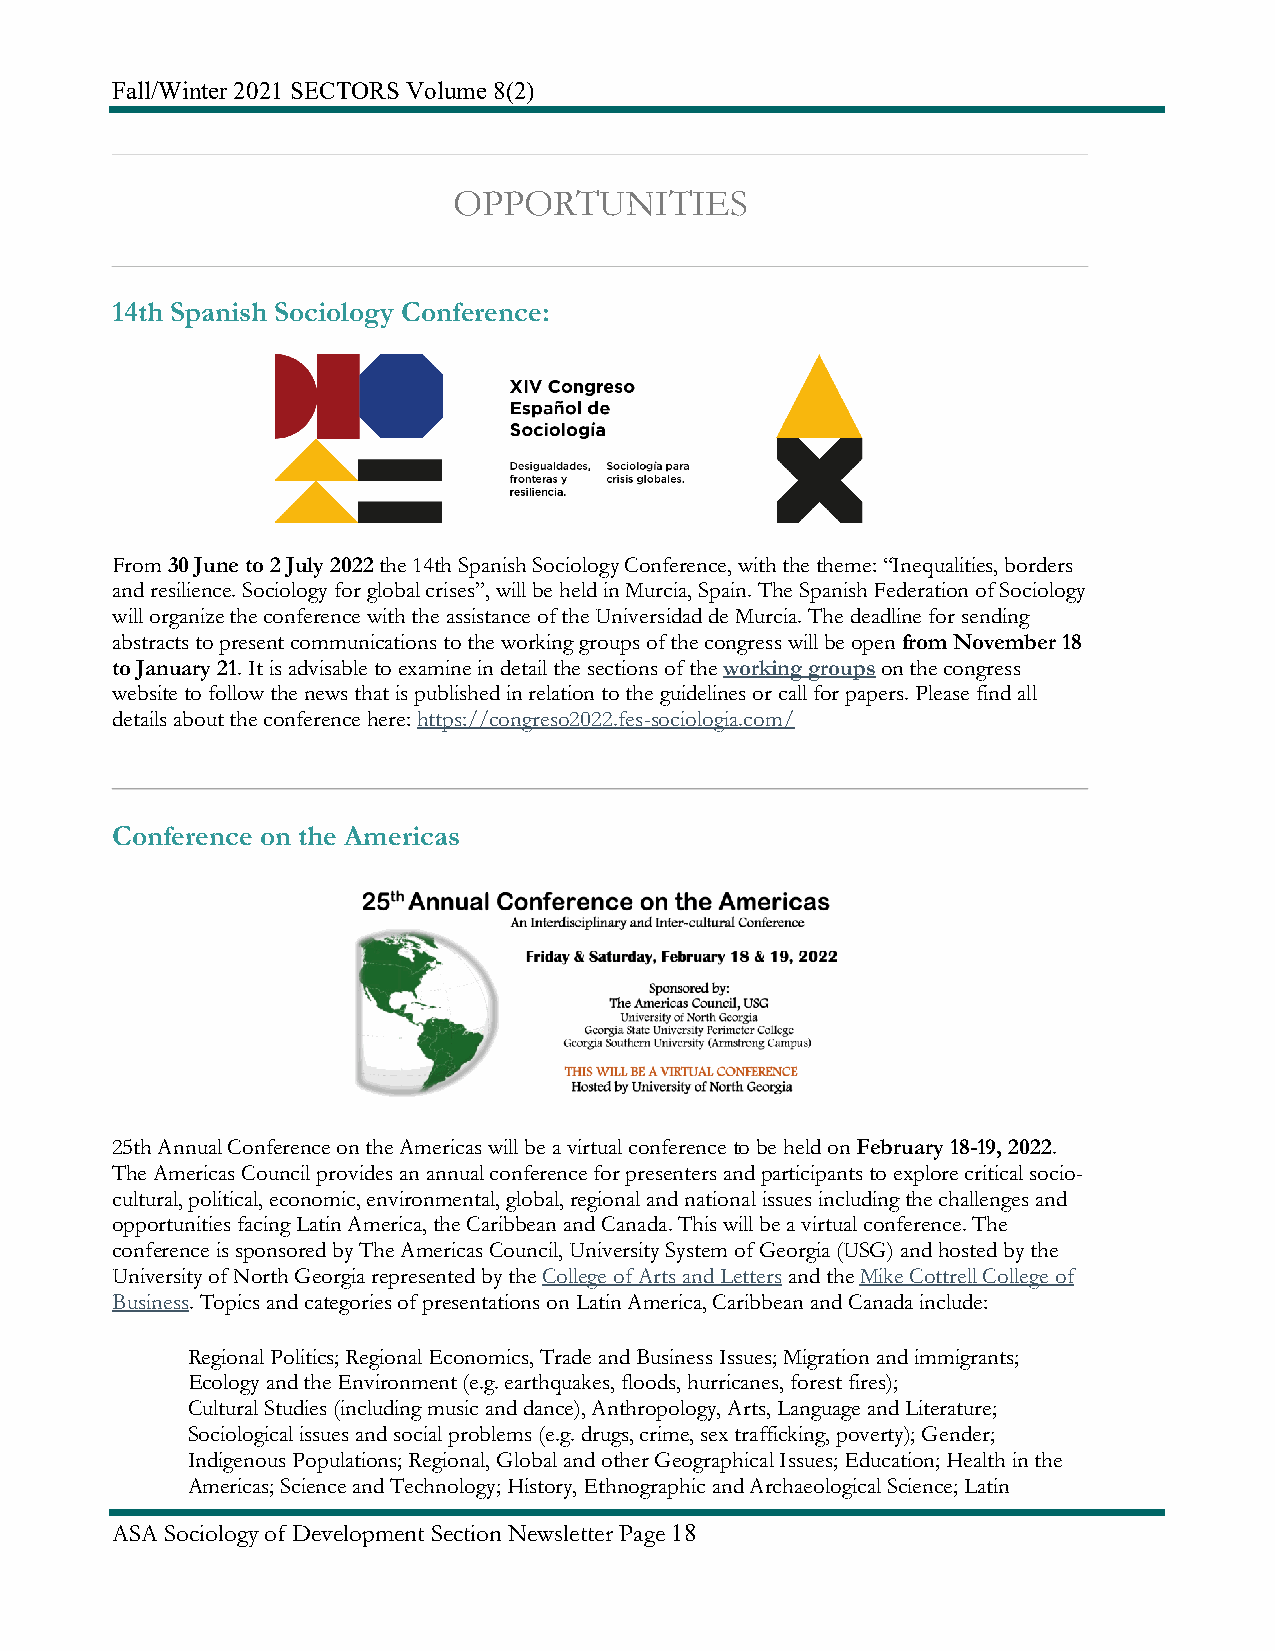
Fall/Winter 2021 SECTORS Volume 8(2)
 OPPORTUNITIES
 14th Spanish Sociology Conference:
 From 30 June to 2 July 2022 the 14th Spanish Sociology Conference, with the theme: “Inequalities, borders
 and resilience. Sociology for global crises”, will be held in Murcia, Spain. The Spanish Federation of Sociology
 will organize the conference with the assistance of the Universidad de Murcia. The deadline for sending
 abstracts to present communications to the working groups of the congress will be open from November 18
 to January 21. It is advisable to examine in detail the sections of the working groups on the congress
 website to follow the news that is published in relation to the guidelines or call for papers. Please find all
 details about the conference here: https://congreso2022.fes-sociologia.com/
 Conference on the Americas
 25th Annual Conference on the Americas will be a virtual conference to be held on February 18-19, 2022.
 The Americas Council provides an annual conference for presenters and participants to explore critical socio-
 cultural, political, economic, environmental, global, regional and national issues including the challenges and
 opportunities facing Latin America, the Caribbean and Canada. This will be a virtual conference. The
 conference is sponsored by The Americas Council, University System of Georgia (USG) and hosted by the
 University of North Georgia represented by the College of Arts and Letters and the Mike Cottrell College of
 Business. Topics and categories of presentations on Latin America, Caribbean and Canada include:
 Regional Politics; Regional Economics, Trade and Business Issues; Migration and immigrants;
 Ecology and the Environment (e.g. earthquakes, floods, hurricanes, forest fires);
 Cultural Studies (including music and dance), Anthropology, Arts, Language and Literature;
 Sociological issues and social problems (e.g. drugs, crime, sex trafficking, poverty); Gender;
 Indigenous Populations; Regional, Global and other Geographical Issues; Education; Health in the
 Americas; Science and Technology; History, Ethnographic and Archaeological Science; Latin
 ASA Sociology of Development Section Newsletter Page 18